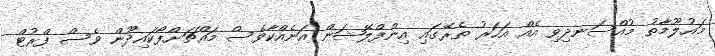
މައުލޫމާތު މުއްސަނދިވި އެއް އަހަރު ތެރޭގައި އިންފްލޭޝަން އަނެއްކާވެސް މައްޗަށްފޯކައިދޫން ވެސް ފްރުޓް